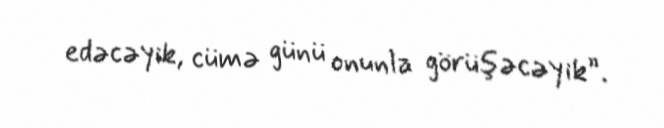
edəcəyik, cümə günü onunla görüşəcəyik”.